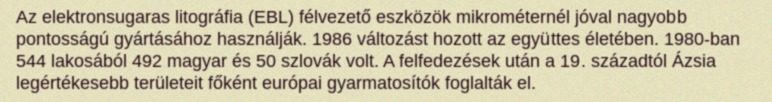
Az elektronsugaras litográfia (EBL) félvezető eszközök mikrométernél jóval nagyobb pontosságú gyártásához használják. 1986 változást hozott az együttes életében. 1980-ban 544 lakosából 492 magyar és 50 szlovák volt. A felfedezések után a 19. századtól Ázsia legértékesebb területeit főként európai gyarmatosítók foglalták el.